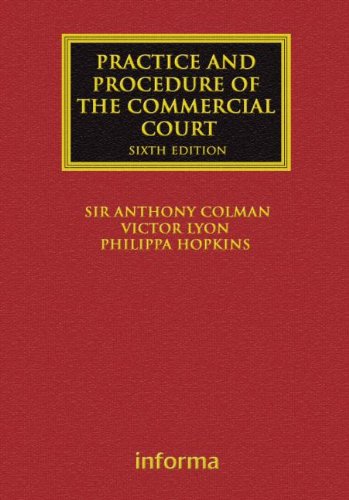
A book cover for The Practice and Procedure of the Commercial Court (Lloyd's Commercial Law Library); Anthony Colman; Law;